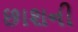
છાશની